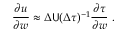
\frac { \partial \boldsymbol { u } } { \partial \boldsymbol { w } } \approx \Delta \mathsf { U } ( \Delta \boldsymbol { \tau } ) ^ { - 1 } \frac { \partial \boldsymbol { \tau } } { \partial \boldsymbol { w } } \mathrm { ~ . ~ }